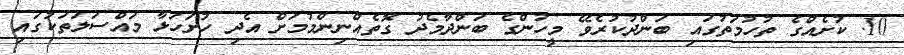
10. ކުށެއްގެ ތުހުމަތުގައި ބަންދުކުރެވޭ މީހުންގެ ބަންދާމެދު ގޮތެއްނިންމުމަށް އެދި ހުށަހަޅާ މައްސަލަތަކުގައި